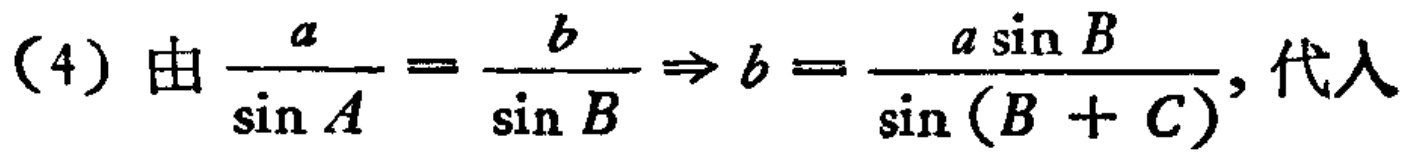
(4) 由$\frac{a}{\sin A}=\frac{b}{\sin B}\Rightarrow b = \frac{a\sin B}{\sin(B + C)}$, 代入